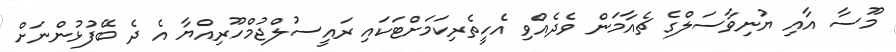
މޫސާ އާއި ޔުނިވާސަލްގެ ޗެއާމަން ވެދެއްވި އެހީތެރިކަމަށްޓަކައި ރައީސުލްޖުމްހޫރިއްޔާ އެ ދެ ބޭފުޅުންނަށް